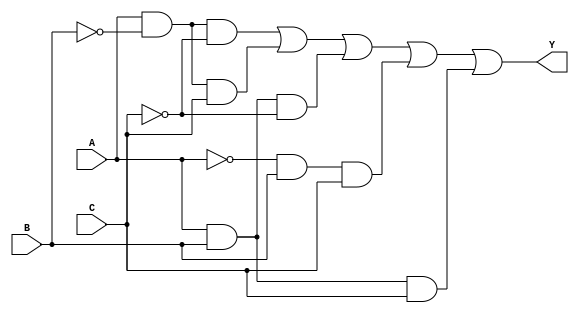
module sop_simplification (
    input wire A,
    input wire B,
    input wire C,
    output wire Y
);

// SOP expression derived from minterms m1, m2, m3, m5, m6
assign Y = (A & ~B & ~C) |    // m1: A'B'C
           (A & ~B & C)  |    // m2: A'BC
           (A & B & ~C)  |    // m3: AB'C
           (~A & B & C)  |    // m5: A'BC
           (A & B & C);        // m6: ABC

endmodule